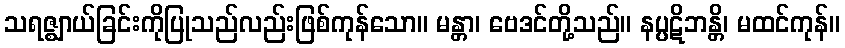
သရဇ္ဈာယ်ခြင်းကိုပြုသည်လည်းဖြစ်ကုန်သော။ မန္တာ၊ ဗေဒင်တို့သည်။ နပ္ပဋိဘန္တိ၊ မထင်ကုန်။